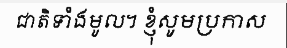
ជាតិទាំងមូល។ ខ្ញុំសូមប្រកាស